Civil Veterinary Dept. Assam report 1927-50 - 1927-1950
Year: 1927
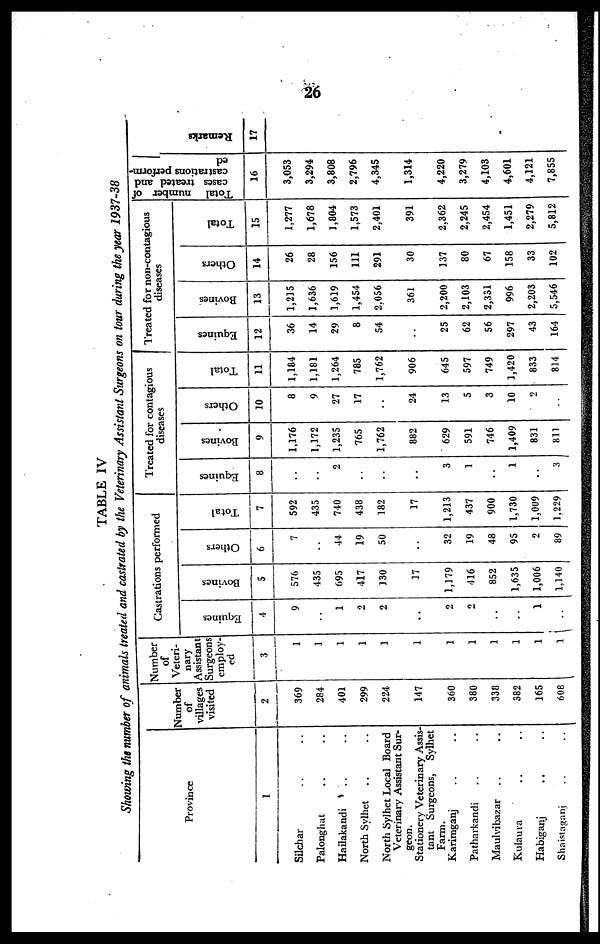
26
TABLE IV
Showing the number of animals treated and castrated by the Veterinary Assistant Surgeons on tour during the year 1937-38
Province
1
Silchar .. ..
Palonghat .. ..
Hailakandi .. ..
North Sylhet .. ..
North Sylhet Local Board
Veterinary Assistant Sur-
geon.
Stationery Veterinary Assis-
tant Surgeons, Sylhet
Farm.
Karimganj .. ..
Patharkandi .. ..
Maulvibazar .. ..
Kulaura .. ..
Habiganj .. ..
Shaistaganj .. ..
Number
of
villages
visited
2
369
284
401
299
224
147
360
380
338
382
165
608
Number
of
Veteri-
nary
Assistant
Surgeons
employ-
ed
3
1
1
1
1
1
1
1
1
1
1
1
1
Castrations performed
Equines
4
9
..
1
2
2
..
2
2
..
..
1
..
Bovines
5
576
435
695
417
130
17
1,179
416
852
1,635
1,006
1,140
Others
6
7
..
44
19
50
..
32
19
48
95
2
89
Total
7
592
435
740
438
182
17
1,213
437
900
1,730
1,009
1.229
Treated for contagious
diseases
Equines
8
..
..
2
..
..
..
3
1
..
1
..
3
Bovines
9
1,176
1,172
1,235
765
1,762
882
629
591
746
1,409
831
811
Others
10
8
9
27
17
..
24
13
5
3
10
2
..
Total
11
1,184
1,181
1,264
785
1,762
906
645
597
749
1,420
833
814
Treated for non-contagious
diseases
Equines
12
36
14
29
8
54
..
25
62
56
297
43
164
Bovines
13
1,215
1,636
1,619
1,454
2.056
361
2,200
2,103
2,331
996
2,203
5,546
Others
14
26
28
156
111
291
30
137
80
67
158
33
102
Total
15
1,277
1,678
1,804
1,573
2,401
391
2,362
2,245
2,454
1,451
2,279
5,812
Total number of
cases treated and
castrations perform-
ed
16
3,053
3,294
3,808
2,796
4,345
1,314
4,220
3,279
4,103
4,601
4,121
7,855
Remarks
17